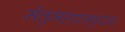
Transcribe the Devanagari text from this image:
मेत्तुमहादनपुरम